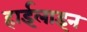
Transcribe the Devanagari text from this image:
हाईलाइन